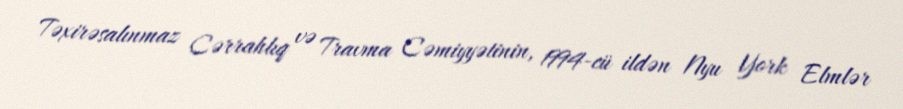
Təxirəsalınmaz Cərrahlıq və Travma Cəmiyyətinin, 1994-cü ildən Nyu York Elmlər